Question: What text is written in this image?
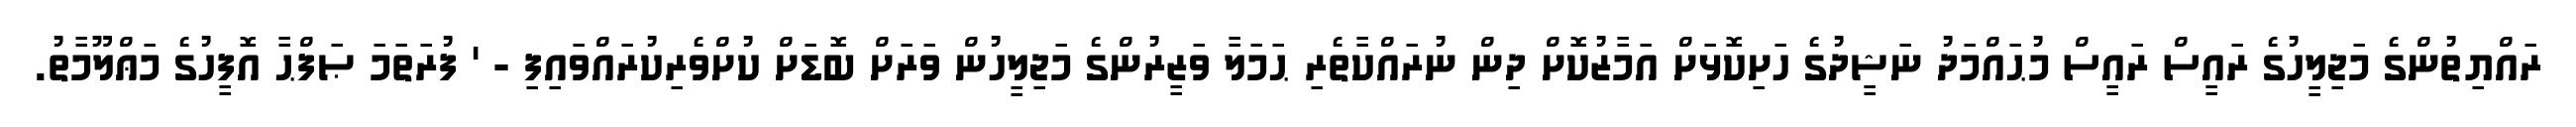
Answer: ރައްޔިތުންގެ މަޖިލީހުގެ ރައީސް ރައީސް މުޙައްމަދު ނަޝީދުގެ ހަށިކޮޅަށް އަމާޒުކޮށް ދިން ނުރައްކާތެރި ޙަމަލާ ވަޒީރުންގެ މަޖިލީހުން ވަރަށް ބޮޑަށް ކުށްވެރިކުރައްވައިފި - ' ފުރަތަމަ ޞަފްޙާ އޮފީހުގެ މަޢްލޫމާތު.